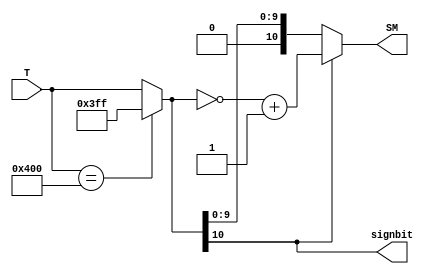
`timescale 1ns / 1ps
//////////////////////////////////////////////////////////////////////////////////
// Company: 
// Engineer: 
// 
// Design Name: 
// Module Name:    twoc_to_sm 
// Project Name: 
// Target Devices: 
// Tool versions: 
// Description: 
//
// Dependencies: 
//
// Revision: 
// Revision 0.01 - File Created
// Additional Comments: 
//
//////////////////////////////////////////////////////////////////////////////////
module twoc_to_sm(
    input [10:0] T,
    output [10:0] SM,
	 output signbit
    );
	 
	 // registers
	 reg [10:0] D;
	 reg sign;
	 
	 always @(*)
	 begin
		D = T;
		if (D == 11'b10000000000)
			begin
				D = 11'b01111111111;
			end
		sign = D[10];
		if (sign)
		begin
			D = ~D + 1;
		end
	end
	
	assign SM = D;
	assign signbit = sign;
	
endmodule